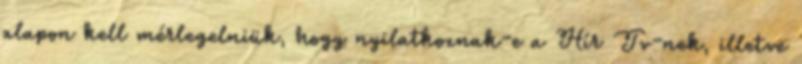
alapon kell mérlegelniük, hogy nyilatkoznak-e a Hír Tv-nek, illetve